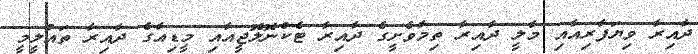
ދާއިރާ ވިޔަފާރިއާއި މާލީ ދާއިރާ ތިމާވެށީގެ ދާއިރާ ޓެކްނޮލޮޖީއާއި މީޑިއާގެ ދާއިރާ ތައުލީމީ